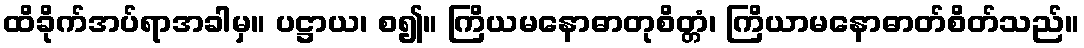
ထိခိုက်အပ်ရာအခါမှ။ ပဋ္ဌာယ၊ စ၍။ ကြိယမနောဓာတုစိတ္တံ၊ ကြိယာမနောဓာတ်စိတ်သည်။